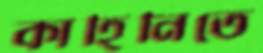
কাহিনিতে